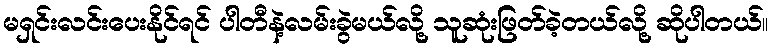
မရှင်းလင်းပေးနိုင်ရင် ပါတီနဲ့လမ်းခွဲမယ်လို့ သူဆုံးဖြတ်ခဲ့တယ်လို့ ဆိုပါတယ်။